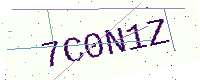
Text: 7C0N1Z